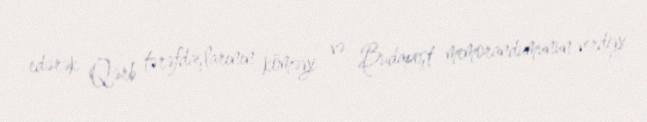
edərək Qərb tərəfdaşlarının köməyi və Budapeşt memorandumunun verdiyi